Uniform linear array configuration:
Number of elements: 4
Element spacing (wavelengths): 0.5
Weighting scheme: uniform
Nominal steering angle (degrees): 15
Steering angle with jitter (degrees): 15.316
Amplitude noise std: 0.05
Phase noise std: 0.05

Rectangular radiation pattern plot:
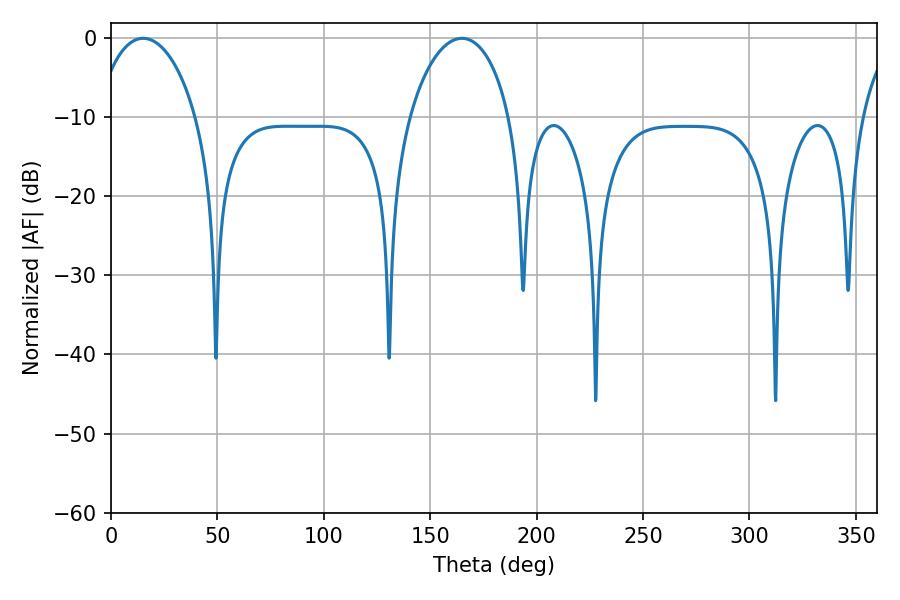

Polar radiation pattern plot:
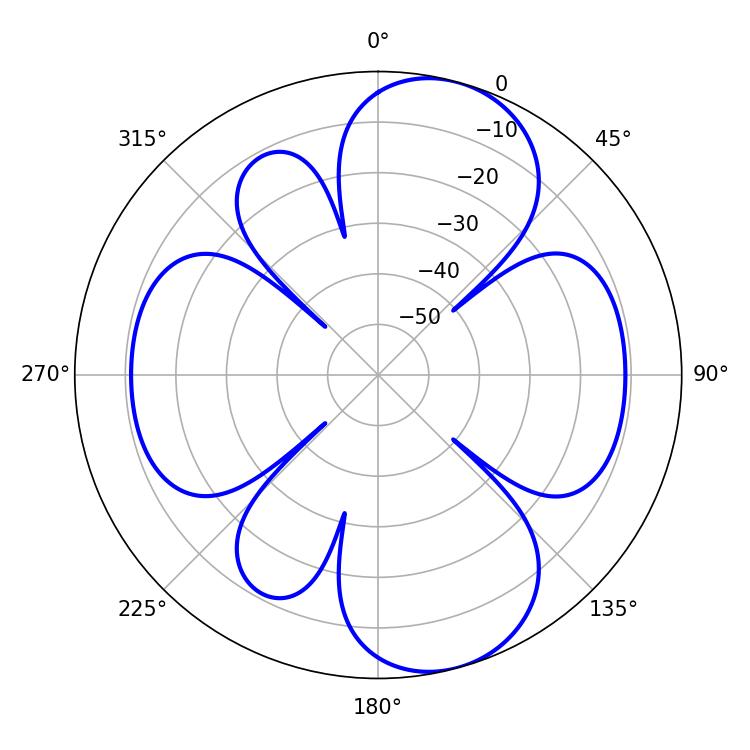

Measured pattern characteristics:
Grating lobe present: FALSE
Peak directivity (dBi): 9.149
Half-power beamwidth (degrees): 27.18
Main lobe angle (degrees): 15.12